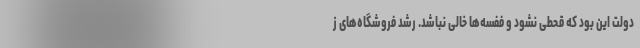
دولت این بود که قحطی نشود و ففسه‌ها خالی نباشد. رشد فروشگاه‌های ز